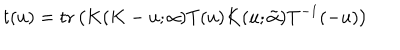
t ( u ) = \mathrm { t r } \left( K ( K - u ; { \bf \alpha } ) T ( u ) K ( u ; \tilde { \bf \alpha } ) T ^ { - 1 } ( - u ) \right)